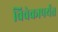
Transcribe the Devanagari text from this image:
विवेकापर्यंत